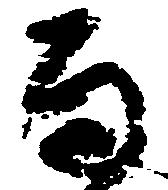
而